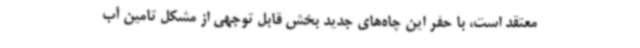
معتقد است، با حفر این چاه‌های جدید بخش قابل توجهی از مشکل تامین آب